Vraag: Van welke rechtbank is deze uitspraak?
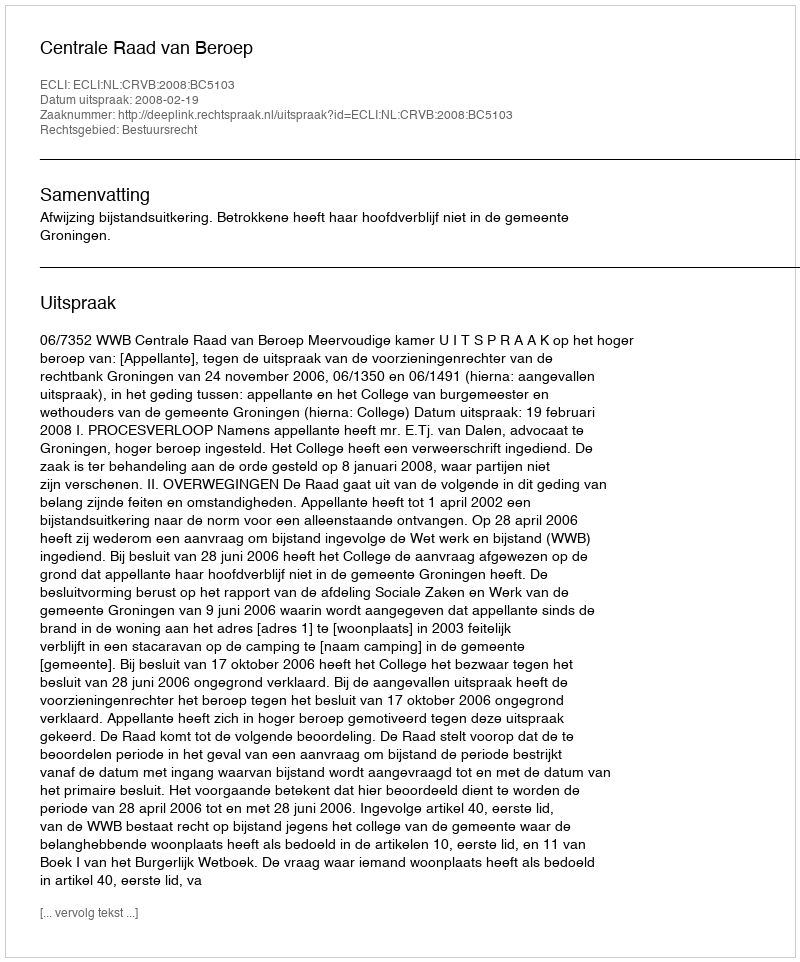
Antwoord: Centrale Raad van Beroep